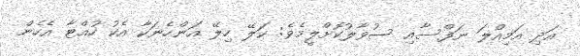
އަދި އަމިއްލަ ނަފްސާއި ސުވާލުކޮށްލީމެވެ: ކަލޭ ހިލޭ އަންހެނަކާ އެކު ހުއްޓާ އެހެން